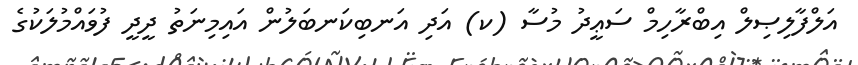
އަލްފާލިޞިލް އިބްރާހިމް ސަޢީދު މުސާ (ކ) އަދި އަނބިކަނބަލުން އައިމިނަތު ދީދީ ފުވައްމުލަކުގެ